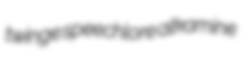
twinge speechlore alkamine